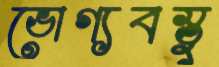
ভোগ্যবস্তু